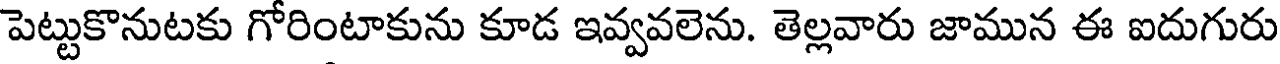
పెట్టుకొనుటకు గోరింటాకును కూడ ఇవ్వవలెను. తెల్లవారు జామున ఈ ఐదుగురు